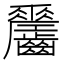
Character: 𪙼